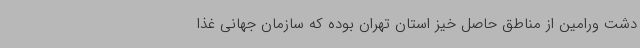
دشت ورامین از مناطق حاصل خیز استان تهران بوده که سازمان جهانی غذا